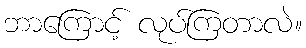
ဘာကြောင့် လုပ်ကြတာလဲ။